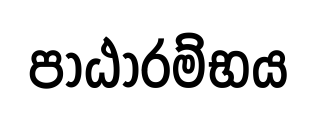
පාඨාරම්භය